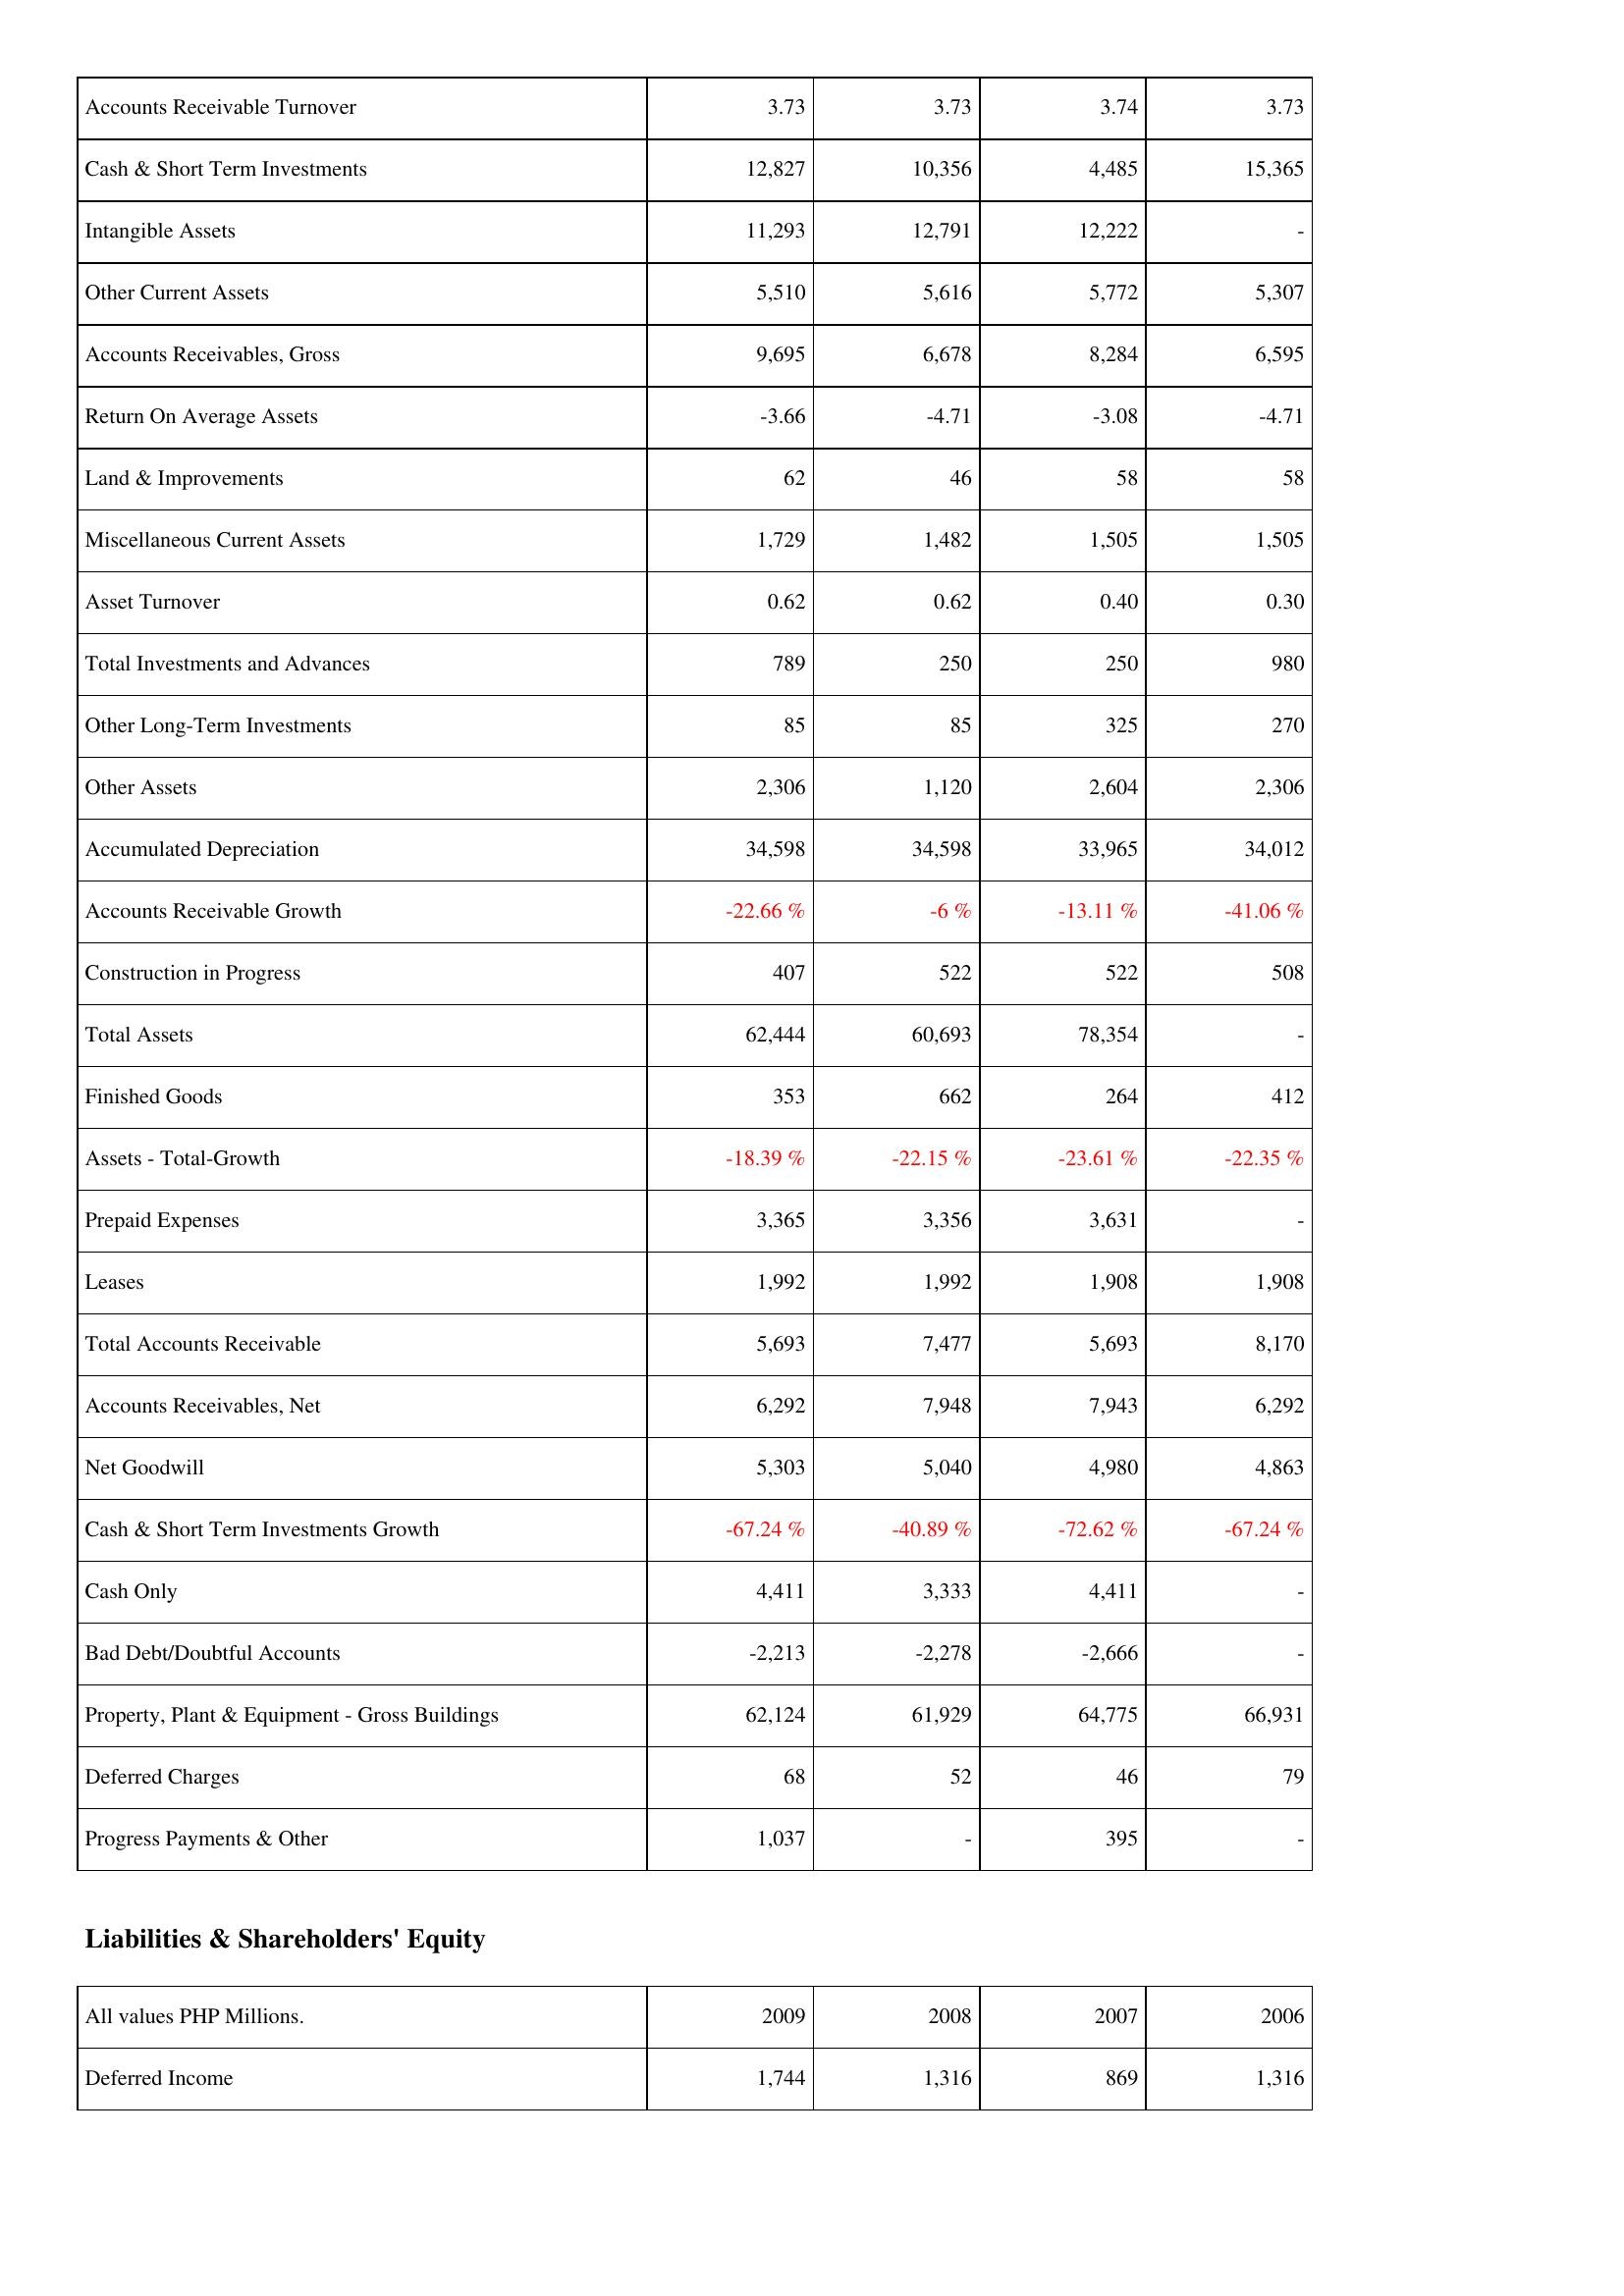
2009: Assets: Accounts Receivable Turnover: 3.73
Cash & Short Term Investments: 12,827
Intangible Assets: 11,293
Other Current Assets: 5,510
Accounts Receivables, Gross: 9,695
Return On Average Assets: -3.66
Land & Improvements: 62
Miscellaneous Current Assets: 1,729
Asset Turnover: 0.62
Total Investments and Advances: 789
Other Long-Term Investments: 85
Other Assets: 2,306
Accumulated Depreciation: 34,598
Accounts Receivable Growth: -22.66 %
Construction in Progress: 407
Total Assets: 62,444
Finished Goods: 353
Assets - Total-Growth: -18.39 %
Prepaid Expenses: 3,365
Leases: 1,992
Total Accounts Receivable: 5,693
Accounts Receivables, Net: 6,292
Net Goodwill: 5,303
Cash & Short Term Investments Growth: -67.24 %
Cash Only: 4,411
Bad Debt/Doubtful Accounts: -2,213
Property, Plant & Equipment - Gross Buildings: 62,124
Deferred Charges: 68
Progress Payments & Other: 1,037
Liabilities & Shareholders' Equity: Deferred Income: 1,744
2008: Assets: Accounts Receivable Turnover: 3.73
Cash & Short Term Investments: 10,356
Intangible Assets: 12,791
Other Current Assets: 5,616
Accounts Receivables, Gross: 6,678
Return On Average Assets: -4.71
Land & Improvements: 46
Miscellaneous Current Assets: 1,482
Asset Turnover: 0.62
Total Investments and Advances: 250
Other Long-Term Investments: 85
Other Assets: 1,120
Accumulated Depreciation: 34,598
Accounts Receivable Growth: -6 %
Construction in Progress: 522
Total Assets: 60,693
Finished Goods: 662
Assets - Total-Growth: -22.15 %
Prepaid Expenses: 3,356
Leases: 1,992
Total Accounts Receivable: 7,477
Accounts Receivables, Net: 7,948
Net Goodwill: 5,040
Cash & Short Term Investments Growth: -40.89 %
Cash Only: 3,333
Bad Debt/Doubtful Accounts: -2,278
Property, Plant & Equipment - Gross Buildings: 61,929
Deferred Charges: 52
Progress Payments & Other: -
Liabilities & Shareholders' Equity: Deferred Income: 1,316
2007: Assets: Accounts Receivable Turnover: 3.74
Cash & Short Term Investments: 4,485
Intangible Assets: 12,222
Other Current Assets: 5,772
Accounts Receivables, Gross: 8,284
Return On Average Assets: -3.08
Land & Improvements: 58
Miscellaneous Current Assets: 1,505
Asset Turnover: 0.40
Total Investments and Advances: 250
Other Long-Term Investments: 325
Other Assets: 2,604
Accumulated Depreciation: 33,965
Accounts Receivable Growth: -13.11 %
Construction in Progress: 522
Total Assets: 78,354
Finished Goods: 264
Assets - Total-Growth: -23.61 %
Prepaid Expenses: 3,631
Leases: 1,908
Total Accounts Receivable: 5,693
Accounts Receivables, Net: 7,943
Net Goodwill: 4,980
Cash & Short Term Investments Growth: -72.62 %
Cash Only: 4,411
Bad Debt/Doubtful Accounts: -2,666
Property, Plant & Equipment - Gross Buildings: 64,775
Deferred Charges: 46
Progress Payments & Other: 395
Liabilities & Shareholders' Equity: Deferred Income: 869
2006: Assets: Accounts Receivable Turnover: 3.73
Cash & Short Term Investments: 15,365
Intangible Assets: -
Other Current Assets: 5,307
Accounts Receivables, Gross: 6,595
Return On Average Assets: -4.71
Land & Improvements: 58
Miscellaneous Current Assets: 1,505
Asset Turnover: 0.30
Total Investments and Advances: 980
Other Long-Term Investments: 270
Other Assets: 2,306
Accumulated Depreciation: 34,012
Accounts Receivable Growth: -41.06 %
Construction in Progress: 508
Total Assets: -
Finished Goods: 412
Assets - Total-Growth: -22.35 %
Prepaid Expenses: -
Leases: 1,908
Total Accounts Receivable: 8,170
Accounts Receivables, Net: 6,292
Net Goodwill: 4,863
Cash & Short Term Investments Growth: -67.24 %
Cash Only: -
Bad Debt/Doubtful Accounts: -
Property, Plant & Equipment - Gross Buildings: 66,931
Deferred Charges: 79
Progress Payments & Other: -
Liabilities & Shareholders' Equity: Deferred Income: 1,316